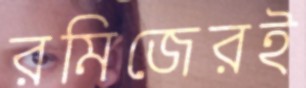
রমিজেরই